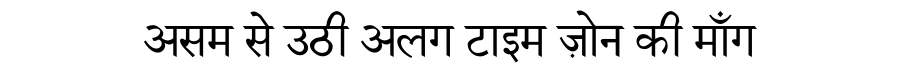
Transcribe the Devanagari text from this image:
असम से उठी अलग टाइम ज़ोन की माँग